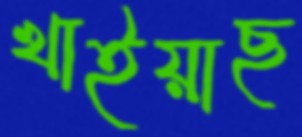
খাইয়াছ